Insane asylums in Bengal annual reports 1867-1875 - 1867-1875
Year: 1867
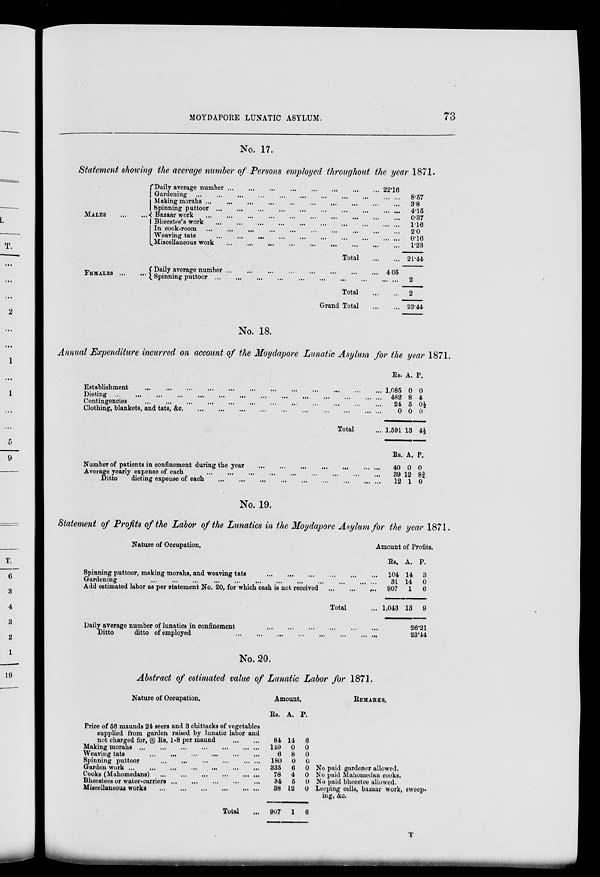
MOYDAPORE LUNATIC ASYLUM.
73
No. 17.
Statement showing the average number of Persons employed throughout the year 1871.
MALES
...
...
Daily average number
...
...
...
...
...
...
...
...
2.16
Gardening
...
...
...
...
...
...
...
...
...
...
...
Making morahs
...
...
...
...
...
...
...
...
...
...
Spinning puttoor
...
...
...
...
...
...
...
...
...
...
Bazaar work ... ... ... ... ... ... ... ... ... ... ...
Bheestee's work
...
...
...
...
...
...
...
...
...
...
In cook-room
...
...
...
...
...
...
...
...
...
...
Weaving tats
...
...
...
...
...
...
...
...
...
...
Miscellaneous work
...
...
...
...
...
...
...
...
...
Total
...
...
FEMALES
...
...
Daily average number ... ... ... ... ... ... ... ... ... ... 4,05
Spinning puttoor ... ... ... ... ... ... ... ... ... ... ... ...
Total
...
...
Grand Total
...
...
8.57
3.8
4.15
0.37
1.16
2.0
0.16
1.23
21.44
2
2
23.44
No. 18.
Annual Expenditure incurred on account of the Moydapore Lunatic Asylum for the year 1871.
Establishment ... ... ... ... ... ... ... ... ... ... ... ... ...
Dieting
...
...
...
...
...
...
...
...
...
...
...
...
...
...
...
...
Contingencies ... ... ... ... ... ... ... ... ... ... ... ... ... ...
Clothing, blankets, and tats, &c. ... ... ... ... ... ... ... ... ... ... ... ...
Total ...
Number of patients in confinement during the year ... ... ... ... ... ... ... ... ...
Average yearly expense of each
...
...
...
...
...
...
...
...
...
...
...
Ditto
dieting expense of each
...
...
...
...
...
...
...
...
...
...
...
Rs.
1,085
482
24
0
1,591
Rs
40
39
12
A.
0
8
5
0
13
A.
0
12
1
P.
0
4
0½
0
4½
P.
0
8¾
0
No. 19.
Statement of Profits of the Labor of the Lunatics in the Moydapore Asylum for the year 1871.
Nature of Occupation.
Spinning puttoor, making morahs, and weaving tats ... ... ... ... ... ... ... ...
Gardening . . . . . . . . . . . . . . . . . . . . . . . . . . . . . . ... ... ...
...
Add estimated labor as per statement No. 20, for which cash is not received
...
...
...
Total ...
Daily average number of lunatics in confinement
...
...
...
...
...
...
...
...
Ditto
ditto of employed
...
...
...
...
...
...
...
...
...
...
Amount of Profits.
Rs.
104
31
907
1,043
A.
14
14
1
13
P.
3
0
6
9
26.21
23.44
No. 20.
Abstract of estimated value of Lunatic Labor for 1871.
Nature of Occupation.
Price of 56 maunds 24 seers and 3 chittacks of vegetables
supplied from garden raised by lunatic labor and
not charged for, @ Rs. 1-8 per maund
...
...
Making morahs ... ... ... ... ... ... ... ... ...
Weaving tats
...
...
...
...
...
...
Spinning puttoor
...
...
...
...
...
...
Garden work
...
...
...
...
...
...
...
Cooks (Mahomedans)
...
...
...
...
...
...
Bheestees or water-carriers ... ... ... ... ... ...
Miscellaneous works
...
...
...
...
...
...
Total ...
Amount.
Rs.
84
149
6
180
335
78
34
38
907
A.
14
0
8
0
6
4
5
12
1
P.
6
0
0
0
0
0
0
0
6
REMARKS.
No paid gardener allowed.
No paid Mahomedan cooks.
No paid bheestee allowed.
Leeping cells, bazaar work, sweep-
ing, &c.
T